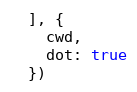
Language: JavaScript
  ], {
    cwd,
    dot: true
  })